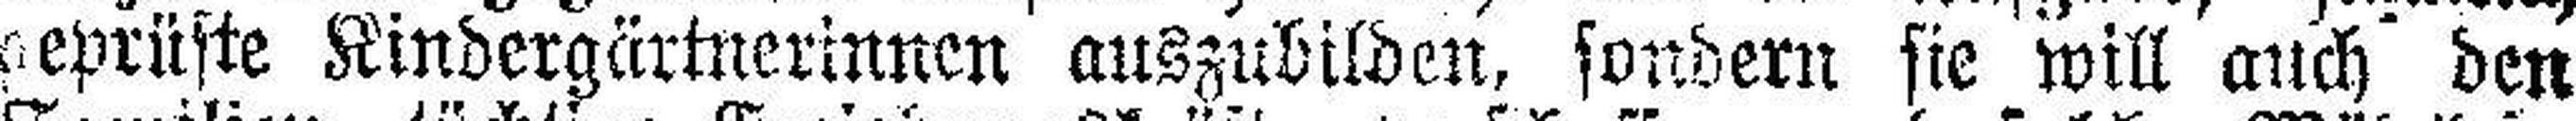
geprüfte Kindergärtnerinnen auszubilden, sondern sie will auch den